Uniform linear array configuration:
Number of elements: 48
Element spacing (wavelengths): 1
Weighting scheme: cosine
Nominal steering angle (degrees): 60
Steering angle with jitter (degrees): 60.829
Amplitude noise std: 0.05
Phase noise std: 0.05

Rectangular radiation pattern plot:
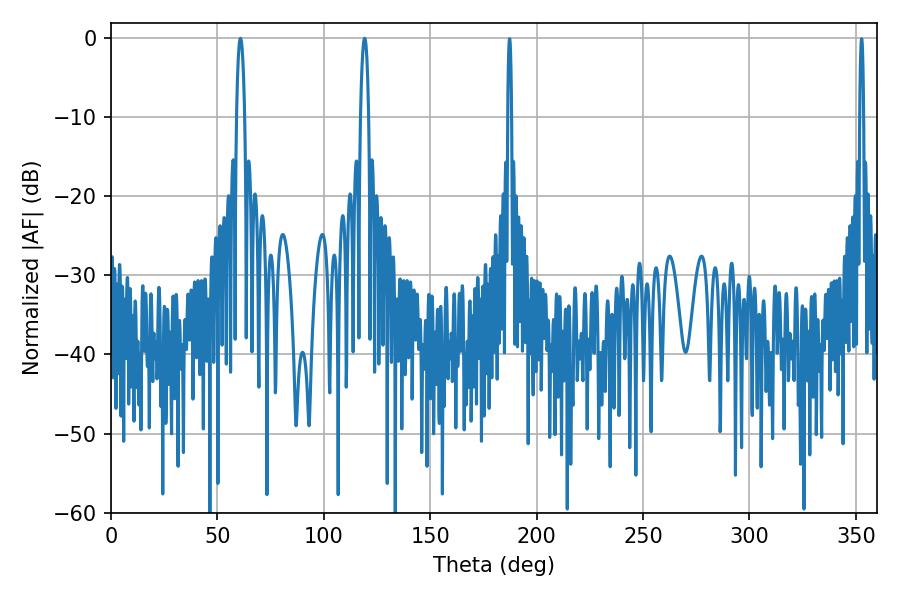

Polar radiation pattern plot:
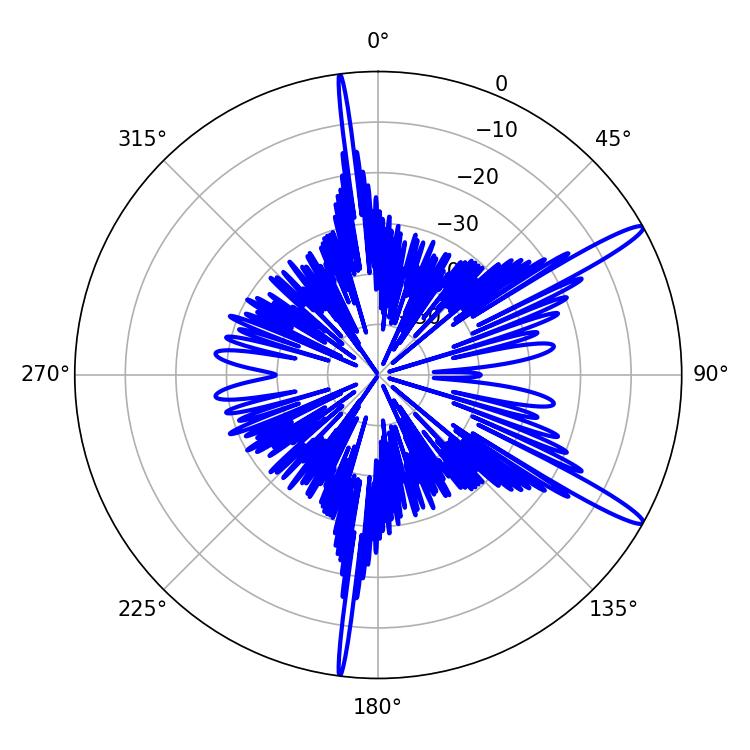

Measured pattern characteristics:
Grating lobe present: TRUE
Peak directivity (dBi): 14.6
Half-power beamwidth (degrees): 2.16
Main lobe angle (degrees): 60.84